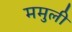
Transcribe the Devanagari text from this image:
ममुली